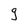
Character: g